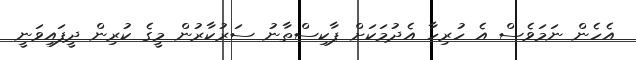
އެހެން ނަމަވެސް އެ ހުރިހާ އެދުމަކަށް ޕާކިސްތާނު ސަރުކާރުން މީގެ ކުރިން ދީފައިވަނީ